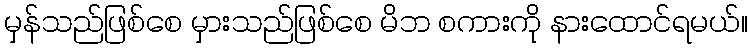
မှန်သည်ဖြစ်စေ မှားသည်ဖြစ်စေ မိဘ စကားကို နားထောင်ရမယ်။